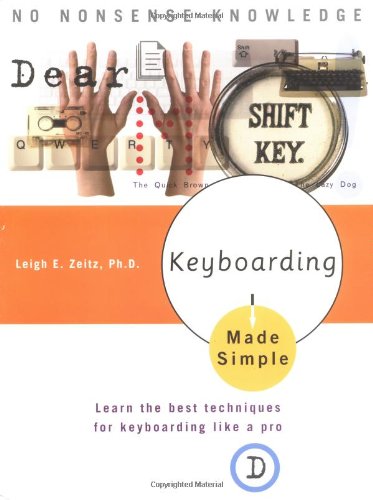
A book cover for Keyboarding Made Simple: Learn the best techniques for keyboarding like a pro; Leigh E. Zeitz; Business & Money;